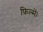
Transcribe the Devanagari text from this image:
फ़िल्में।